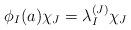
LaTeX: \begin{align*}\phi _I(a)\chi _J=\lambda _I^{(J)}\chi _J\end{align*}